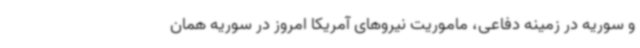
و سوریه در زمینه دفاعی، ماموریت نیروهای آمریکا امروز در سوریه همان